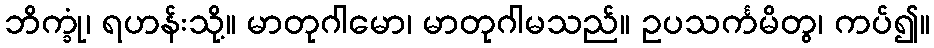
ဘိက္ခုံ၊ ရဟန်းသို့။ မာတုဂါမော၊ မာတုဂါမသည်။ ဥပသင်္ကမိတွ၊ ကပ်၍။